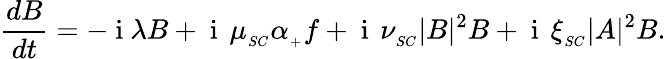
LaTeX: \frac{dB}{dt}=-\mathrm{~i~}\lambda B+\mathrm{~i~}\, \mu_{_{SC}}\alpha_{_+}f+\mathrm{~i~}\, \nu_{_{SC}}|B|^{2}B+\mathrm{~i~}\, \xi_{_{SC}}|A|^{2}B.